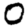
Digit: 0